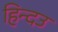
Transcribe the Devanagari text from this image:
हिन्दउ